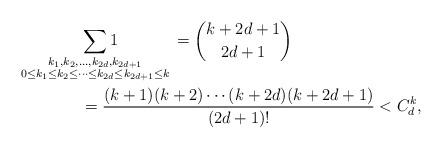
LaTeX: \begin{align*} & \smashoperator{\sum_{\substack{k_1,k_2,\dotsc,k_{2d},k_{2d+1}\\0\le k_1\le k_2\le\dotsb\le k_{2d}\le k_{2d+1}\le k}}}1 ~~~~~~~~~~= \binom{k+2d+1}{2d+1} \\ &= \frac{(k+1)(k+2)\dotsb(k+2d)(k+2d+1)}{(2d+1)!}<C_d^k, \end{align*}